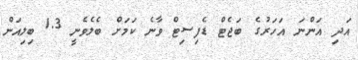
އަދި އަންނަ އަހަރުގެ ބަޖެޓް ޑެފިސިޓް ވާނެ ކަމަށް ބެލެވެނީ 1.3 ބިލިއަން